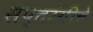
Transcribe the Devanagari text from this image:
सप्तरंगीचे